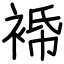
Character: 𧚓